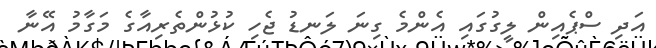
އަދި ސްޕެއިން ލީގުގައި އެންމެ ގިނަ ލަނޑު ޖެހި ކުޅުންތެރިއާގެ މަގާމު އޭނާ